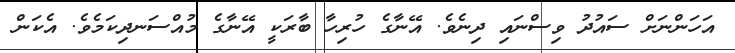
އަހަންނަށް ސައުދު ވިސްނައި ދިނެވެ. އޭނާގެ ހުރިހާ ބާރަކީ އޭނާގެ މުއްސަނދިކަމެވެ. އެކަން